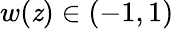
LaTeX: w(\mathit{z})\in(-1,1)